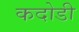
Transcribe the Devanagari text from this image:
कदोडी